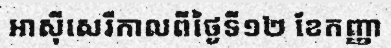
អាស៊ីសេរីកាលពីថ្ងៃទី១២ ខែកញ្ញា